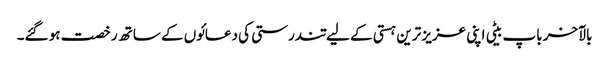
بالآخر باپ بیٹی اپنی عزیز ترین ہستی کے لیے تندرستی کی دعائوں کے ساتھ رخصت ہو گئے۔